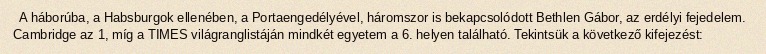
A háborúba, a Habsburgok ellenében, a Portaengedélyével, háromszor is bekapcsolódott Bethlen Gábor, az erdélyi fejedelem. Cambridge az 1, míg a TIMES világranglistáján mindkét egyetem a 6. helyen található. Tekintsük a következő kifejezést: